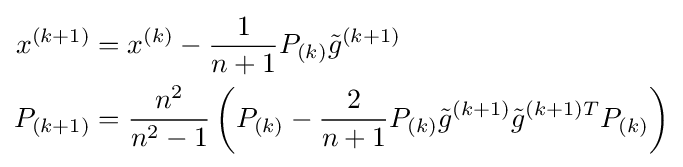
{\begin{aligned}x^{(k+1)}&=x^{(k)}-{\frac {1}{n+1}}P_{(k)}{\tilde {g}}^{(k+1)}\\P_{(k+1)}&={\frac {n^{2}}{n^{2}-1}}\left(P_{(k)}-{\frac {2}{n+1}}P_{(k)}{\tilde {g}}^{(k+1)}{\tilde {g}}^{(k+1)T}P_{(k)}\right)\end{aligned}}